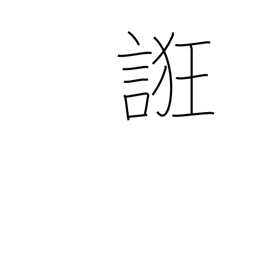
Meaning: coax